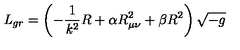
{ \it L } _ { g r } = \left( - \frac { 1 } { { \it k } ^ { 2 } } R + \alpha R _ { \mu \nu } ^ { 2 } + \beta R ^ { 2 } \right) \sqrt { - g }